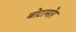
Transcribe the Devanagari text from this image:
बोटामोर